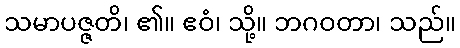
သမာပဇ္ဇတိ၊ ၏။ ဧဝံ၊ သို့။ ဘဂဝတာ၊ သည်။